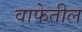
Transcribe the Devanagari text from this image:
वाफेतील